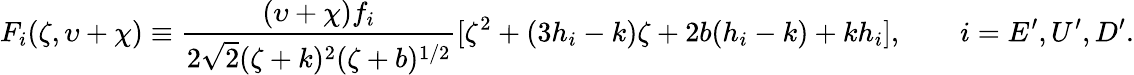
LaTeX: F_{i}(\zeta,\upsilon+\chi)\equiv\frac{(\upsilon+\chi)f_{i}}{2\sqrt{2}(\zeta+k)^{2}(\zeta+b)^{1/2}}[\zeta^{2}+(3h_{i}-k)\zeta+2b(h_{i}-k)+kh_{i}],\qquad i=E^{\prime},U^{\prime},D^{\prime}.